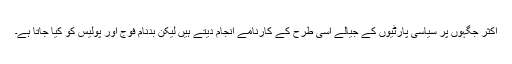
اکثر جگہوں پر سیاسی پارٹیوں کے جیالے اسی طرح کے کارنامے انجام دیتے ہیں لیکن بدنام فوج اور پولیس کو کیا جاتا ہے۔